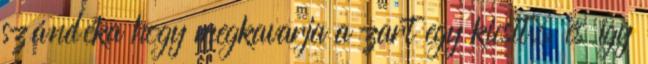
szándéka hogy megkavarja a zart egy kicsit, és így